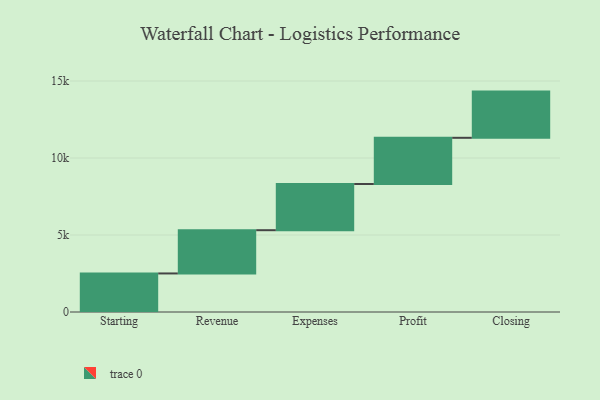
{"axis": {"x": "Step", "y": "Value"}, "legend": [""], "data": [{"x": "Starting", "y": 2503.0, "type": ""}, {"x": "Revenue", "y": 2809.0, "type": ""}, {"x": "Expenses", "y": 3000, "type": ""}, {"x": "Profit", "y": 3000, "type": ""}, {"x": "Closing", "y": 3000, "type": ""}]}